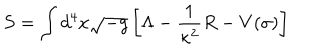
S = \int d ^ { 4 } x \sqrt { - g } \left[ \Lambda - { \frac { 1 } { \kappa ^ { 2 } } } R - V ( \sigma ) \right]